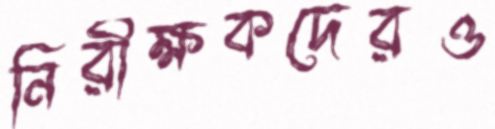
নিরীক্ষকদেরও